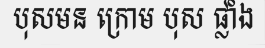
បុសមន ក្រោម បុស ផ្លាំង